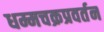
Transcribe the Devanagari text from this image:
धम्मचक्रप्रवर्तन